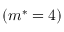
( m ^ { * } = 4 )